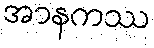
အာနကဿ